Kures,_Voldemar, lk 133
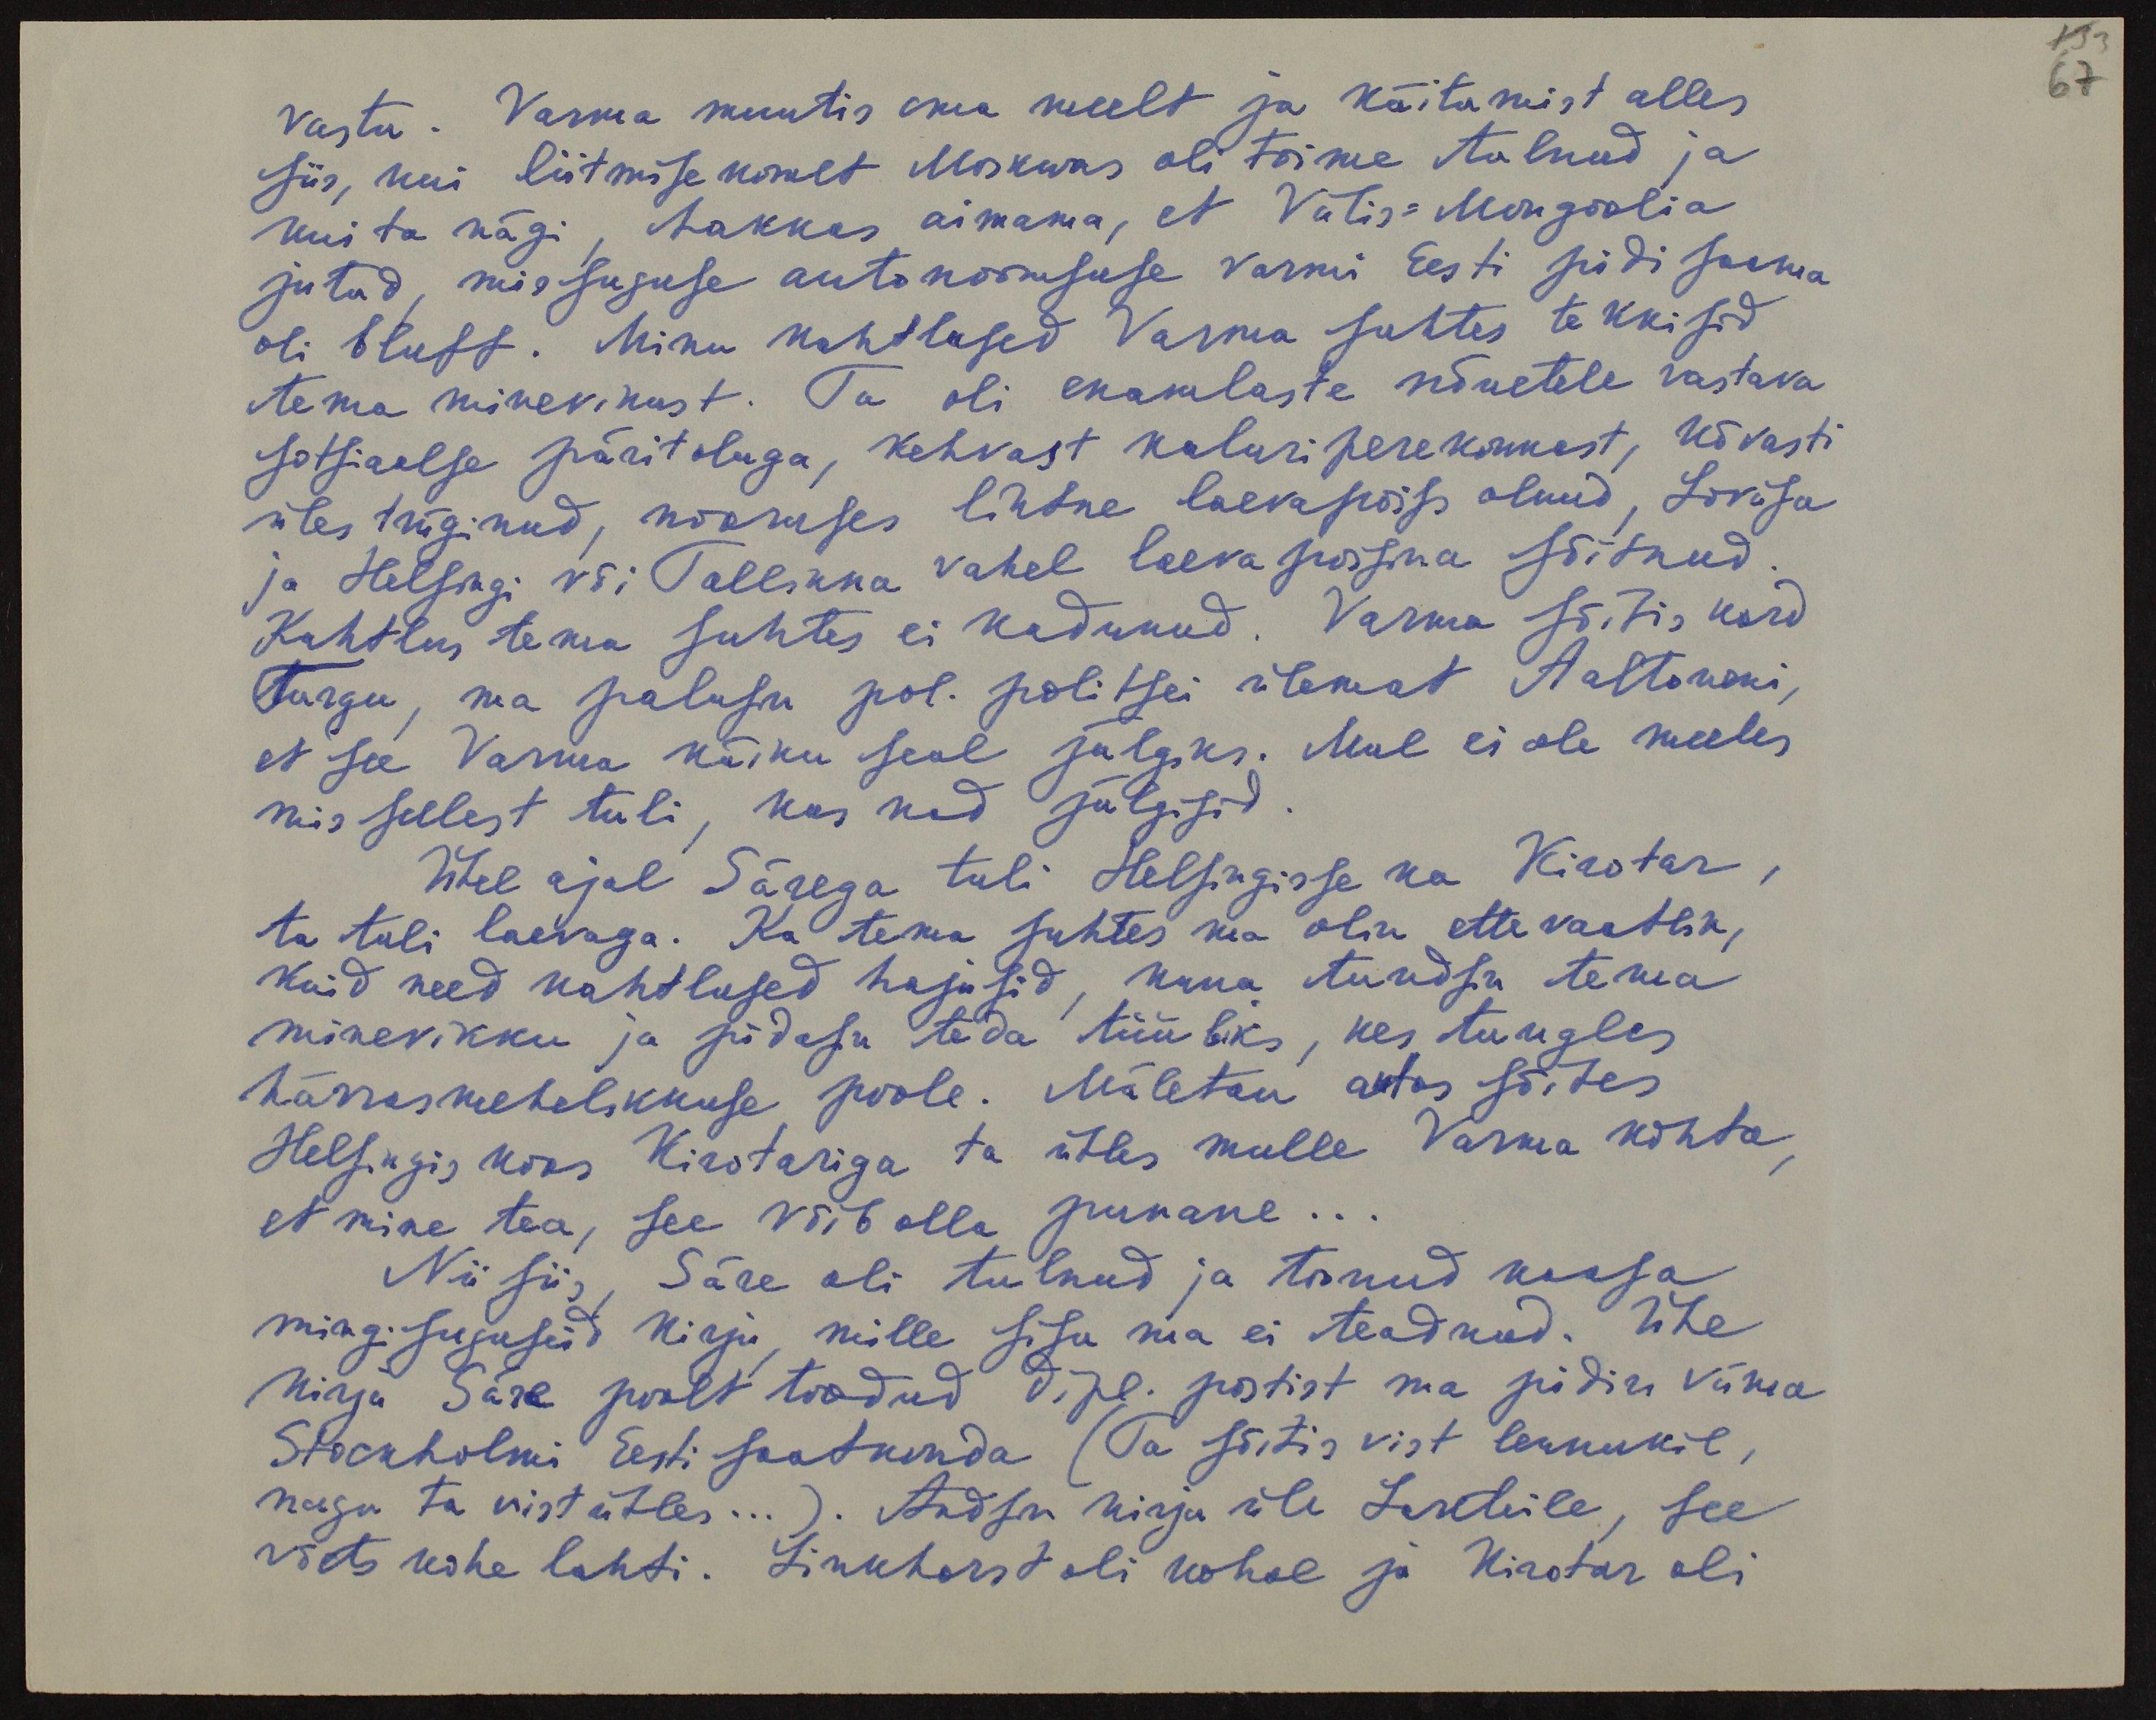
133
67

vastu. Varma muutis oma meelt ja käitumist alles
siis, kui liitmise komet Moskwas oli toime tulnud ja
kui ta nägi, hakkas aimama, et Välis-Mongoolia
jutud, missuguse autonoomsuse vormi Eesti pidi saama
oli bluff. Minu kahtlused Varma suhtes tekkisid
tema minevikust. Ta oli enamlaste nõuetele vastava
sotsiaalse päritoluga, kehvast kaluri perekonnast, kõvasti
üles trüginud, nooruses lihtne laevapoiss olnud, Lovisa
ja Helsingi või Tallinna vahel laeva poisina sõitnud.
Kahtlus tema suhtes ei kadunud. Varma sõitis kord
Turgu, ma palusin pol. politsei ülemat Aaltoneni,
et see Varma käiku seal jälgiks. Mul ei ole meeles
mis sellest tuli, kas nad jälgisid
Ühel ajal Särega tuli Helsingisse ka Kirotar,
ta tuli laevaga. Ka tema suhtes ma olin ettevaatlik,
kuid need kahtlused hajusid, kuna tundsin tema
minevikku ja pidasin teda tüübiks, kes tungles
härrasmehelikkuse poole. Mäletan autos sõites
Helsingis koos Kirotariga ta ütles mulle Varma kohta,
et mine tea, see võib olla punane...
Nii siis, Säre oli tulnud ja toonud kaasa
mingisuguseid kirju, mille sisu ma ei teadnud. Ühe
kirja Säre poolt toodud dipl. postist ma pidin viima
Stockholmi Eesti saatkonda (Ta sõitis vist lennukil,
nagu ta vist ütles...). Andsin kirja üle Lekteile, see
võeti kohe lahti. Linkhorst oli kohal ja Kirotar oli